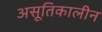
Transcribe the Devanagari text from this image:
असूतिकालीन